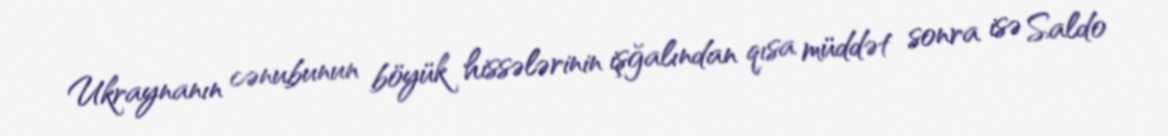
Ukraynanın cənubunun böyük hissələrinin işğalından qısa müddət sonra isə Saldo